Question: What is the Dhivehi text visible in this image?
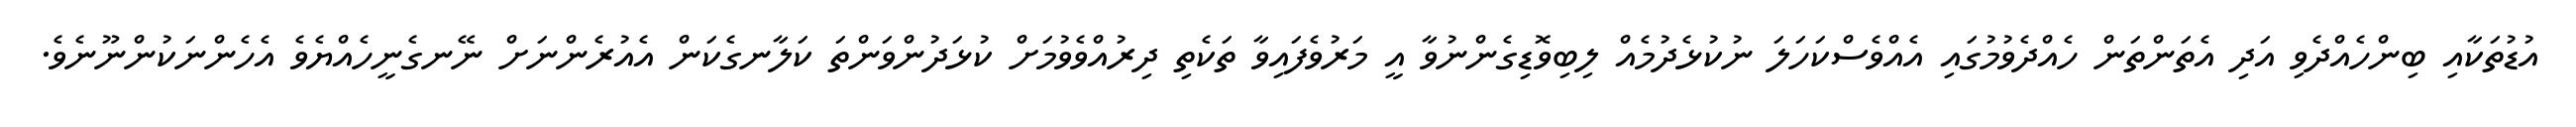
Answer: އުޑުތަކާއި ބިންހެއްދެވި އަދި އެތަންތަން ހެއްދެވުމުގައި އެއްވެސްކަހަލަ ނުކުޅެދުމެއް ލިބިވޮޑިގެންނުވާ އީ މަރުވެފައިވާ ތަކެތި ދިރުއްވެވުމަށް ކުޅަދުންވަންތަ ކަލާނގެކަން އެއުރެންނަށް ނޭނގެނީހެއްޔެވެ އެހެންނަކުންނޫނެވެ.